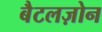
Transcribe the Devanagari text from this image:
बैटलज़ोन